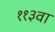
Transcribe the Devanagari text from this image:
११३वा